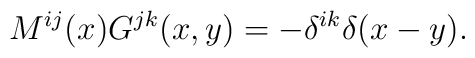
M^{ij}(x)G^{jk}(x,y) = -\delta^{ik}\delta(x-y).